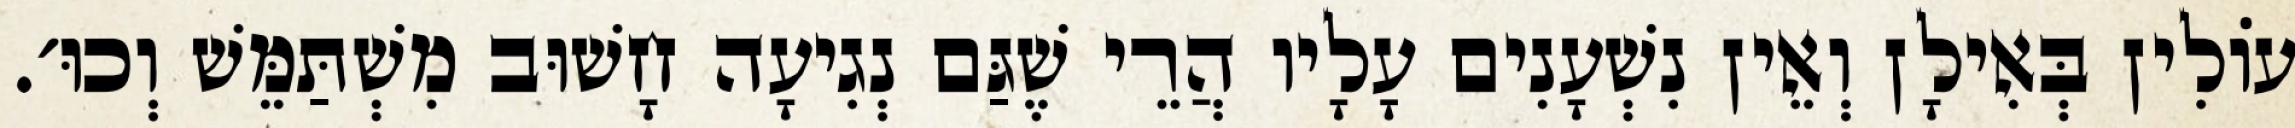
עוֹלִין בְּאִילָן וְאֵין נִשְׁעָנִים עָלָיו הֲרֵי שֶׁגַּם נְגִיעָה חָשׁוּב מִשְׁתַּמֵּשׁ וְכוּ׳.